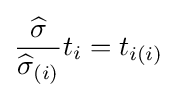
{{\widehat {\sigma }} \over {\widehat {\sigma }}_{(i)}}t_{i}=t_{i(i)}